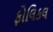
ફોલિકલ